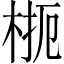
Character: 𱣜